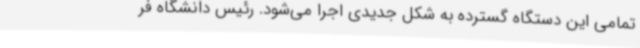
تمامی این دستگاه گسترده به شکل جدیدی اجرا می‌شود. رئیس دانشگاه فر